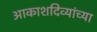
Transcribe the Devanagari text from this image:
आकाशदिव्यांच्या